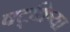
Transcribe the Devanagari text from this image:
षट्क्रिया